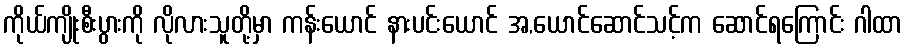
ကိုယ်ကျိုးစီးပွားကို လိုလားသူတို့မှာ ကန်းယောင် နားပင်းယောင် အ,ယောင်ဆောင်သင့်က ဆောင်ရကြောင်း ဂါထာ